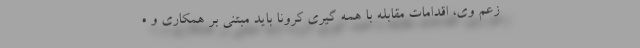
زعم وی، اقدامات مقابله با همه گیری کرونا باید مبتنی بر همکاری و ه